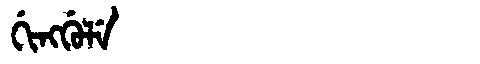
Manchu: ᡤᡳᠩᡤᡠᠯᡝ
Romanization: GINGGULE